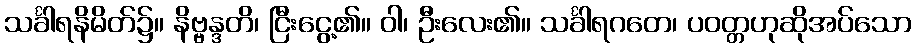
သင်္ခါရနိမိတ်၌။ နိဗ္ဗန္ဒတိ၊ ငြီးငွေ့၏။ ဝါ၊ ဦးလေး၏။ သင်္ခါရဂတေ၊ ပဝတ္တဟုဆိုအပ်သော